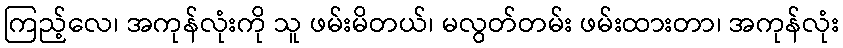
ကြည့်လေ၊ အကုန်လုံးကို သူ ဖမ်းမိတယ်၊ မလွတ်တမ်း ဖမ်းထားတာ၊ အကုန်လုံး